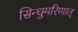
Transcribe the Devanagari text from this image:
सिन्धुमरिणात्